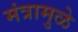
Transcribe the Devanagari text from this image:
मंत्रामुळे